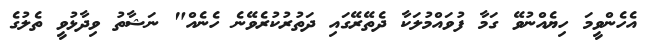
އެހެންވީމަ ހިޔެއްނުވޭ ގަމާ ފުވައްމުލަކާ ދެތޭރޭގައި ދަތުރުކުރެވޭނެ ހެނެއް" ނަޝާތު ވިދާޅުވީ ތެލުގެ